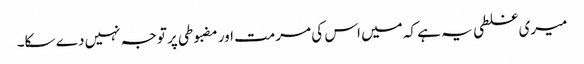
میری غلطی یہ ہے کہ میں اس کی مرمت اور مضبوطی پر توجہ نہیں دے سکا۔